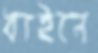
ধাইলে